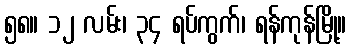
၅၈။ ၁၂ လမ်း၊ ၃၄ ရပ်ကွက်၊ ရန်ကုန်မြို့။